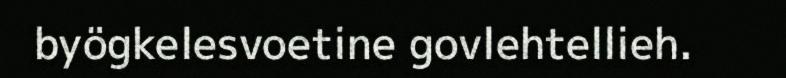
byögkelesvoetine govlehtellieh.